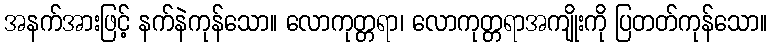
အနက်အားဖြင့် နက်နဲကုန်သော။ လောကုတ္တရာ၊ လောကုတ္တရာအကျိုးကို ပြတတ်ကုန်သော။